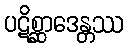
ပဋိစ္ဆာဒေန္တဿ